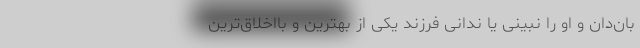
بان‌دان و او را نبینی یا ندانی فرزند یکی از بهترین و بااخلاق‌ترین